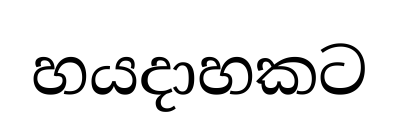
හයදාහකට